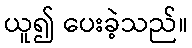
ယူ၍ ပေးခဲ့သည်။